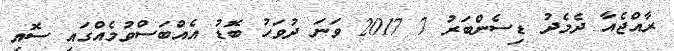
ރާއްޖެއާ ދެމެދު ޑިސެންބަރު 7 2017 ވަނަ ދުވަހު ބޮޑު އެއްބަސްވުމެއްގައި ސޮއި